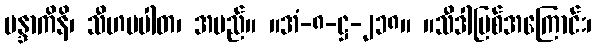
မန္ဒာကိနိ၊ သီဟပပါတ၊ အမည်။ ။အံ-၈-ဋ္ဌ-၂၁၈။ ။သီဒါမြစ်အကြောင်း၊